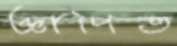
জ্ঞাপিত